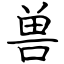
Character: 兽